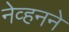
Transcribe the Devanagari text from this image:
नेव्हनने